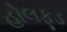
હોલફૂડ